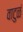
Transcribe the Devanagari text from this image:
वाटुळं